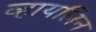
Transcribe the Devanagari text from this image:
व्हायलिन